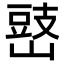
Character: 𡻧